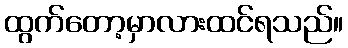
ထွက်တော့မှာလားထင်ရသည်။